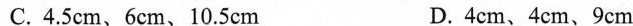
C.4.5cm、6cm、10.5cm D.4cm、4cm、9cm